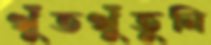
খুঁতখুঁতুনি